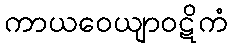
ကာယဝေယျာဝဋိကံ